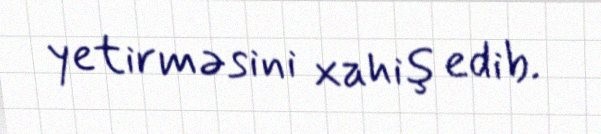
yetirməsini xahiş edib.